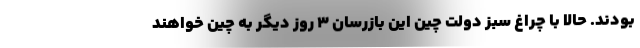
بودند. حالا با چراغ سبز دولت چین این بازرسان 3 روز دیگر به چین خواهند